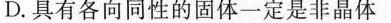
D.具有各向同性的固体一定是非晶体